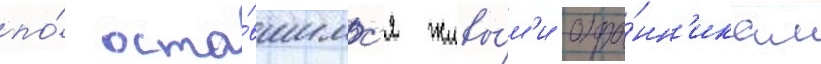
по́ оста́вшимс'я живы́м'и охра́нн'икам